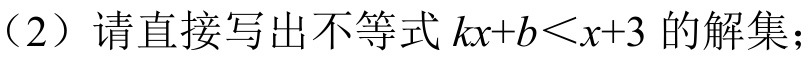
（2）请直接写出不等式\(kx + b<x + 3\)的解集；